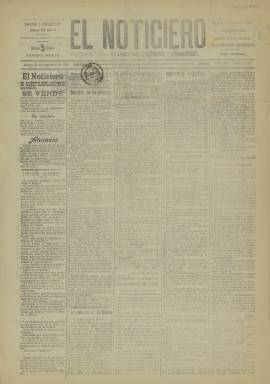
Título: El Noticiero (Cáceres)
Colección: Periódicos
Ámbito geográfico: Cáceres
Lugar de publicación: Cáceres
Fechas: 20/09/1910-23/04/1929

Periódico de Cáceres fundado en 1903 que según afirmaba en su cabecera era el diario más antiguo y de mayor circulación de la provincia, razón por la cual ostentaba como subtítulo el de Diario de Cáceres para realzar este hecho. Dejó de editarse alrededor de 1936 coincidiendo con el inicio de la Guerra Civil.

    La Biblioteca Nacional de España solo posee dos números de este periódico, uno de 1910 y otro de 1929, ambos de cuatro páginas, paginación que debió ser la habitual, salvo números especiales. En una provincia de escasa población como Cáceres no era fácil mantener un diario, dada la escasez de noticias locales.

Esta falta de información no solo impedía que aumentara la paginación, sino que motivaba que las páginas existentes se rellenaran con publicidad. Del examen de los dos números en poder de la BNE puede apreciarse la gran cantidad de anuncios publicados en ellos.

   El Noticiero, como es lógico, dedicaba la mayor parte de su contenido a la información local de Cáceres y su provincia, aunque no faltaban las noticias de ámbito nacional e incluso internacional, información esta última que probablemente recogiera de otros periódicos porque no es creíble que dados sus escasos medios estuviera suscrito a una agencia internacional de noticias.

El periódico actuó durante un tiempo como órgano provincial del Partido Liberal, aunque mantuvo la mayor parte de su larga trayectoria una línea editorial independiente y centrista.

 La publicación cambió varias veces de director y de formato. Aparte del contenido informativo, dio cabida también a artículos literarios y de tema artístico escritos por conocidos autores extremeños.

Una amplia información sobre los fundadores y directores de esta publicación, así como un listado de sus redactores y colaboradores a lo largo de sus más de 30 años de existencia puede encontrarse en el catálogo digital de las publicaciones periódicas extremeñas que alberga la Universidad de Extremadura y que puede consultarse en abierto.

[Descripción publicada el 15/02/2023]